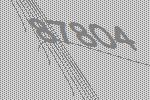
87804